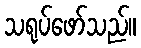
သရုပ်ဖော်သည်။